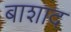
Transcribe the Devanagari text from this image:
बाशाद